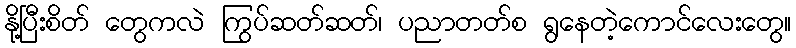
နို့ပြီးစိတ် တွေကလဲ ကြွပ်ဆတ်ဆတ်၊ ပညာတတ်စ ရွနေတဲ့ကောင်လေးတွေ။